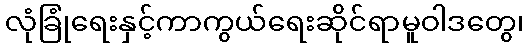
လုံခြုံရေးနှင့်ကာကွယ်ရေးဆိုင်ရာမူဝါဒတွေ၊